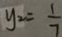
y _ { 2 } = \frac { 1 } { 7 }